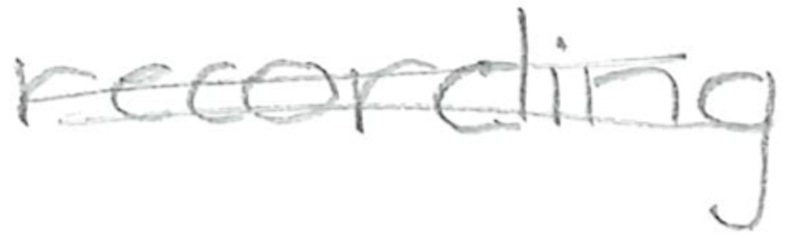
Text: recording
Cross-out: double-line
Writing tool: pencil